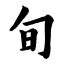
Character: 旬